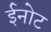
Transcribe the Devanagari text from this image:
ईनोट